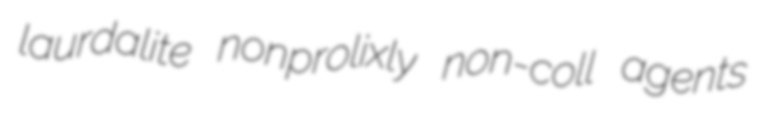
laurdalite nonprolixly non-coll agents